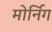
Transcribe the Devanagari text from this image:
मोर्निग